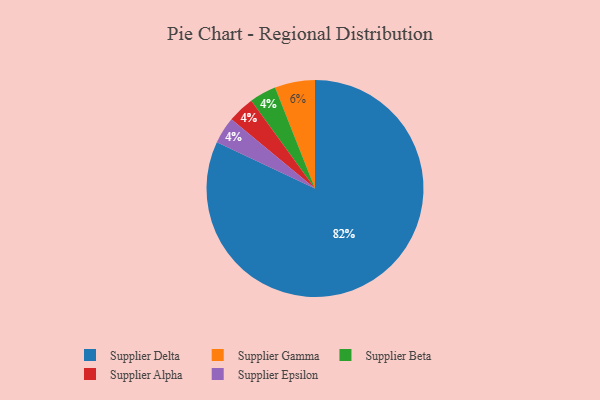
{"axis": {"x": "Category", "y": "Percentage"}, "legend": ["Supplier Alpha", "Supplier Beta", "Supplier Delta", "Supplier Epsilon", "Supplier Gamma"], "data": [{"x": "Supplier Beta", "y": 4, "type": "Supplier Beta"}, {"x": "Supplier Alpha", "y": 4, "type": "Supplier Alpha"}, {"x": "Supplier Epsilon", "y": 4, "type": "Supplier Epsilon"}, {"x": "Supplier Delta", "y": 82, "type": "Supplier Delta"}, {"x": "Supplier Gamma", "y": 6, "type": "Supplier Gamma"}]}